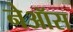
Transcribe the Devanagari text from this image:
नेऑस